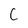
Character: C